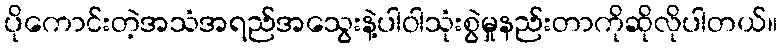
ပိုကောင်းတဲ့အသံအရည်အသွေးနဲ့ပါဝါသုံးစွဲမှုနည်းတာကိုဆိုလိုပါတယ်။